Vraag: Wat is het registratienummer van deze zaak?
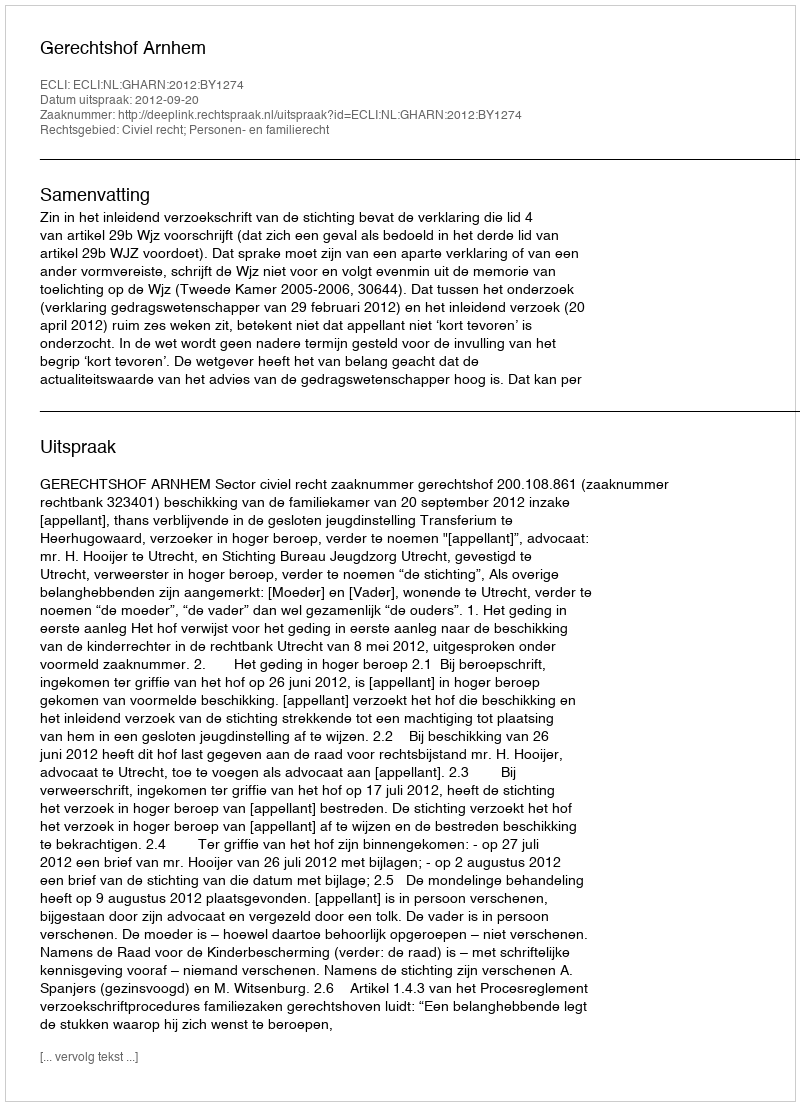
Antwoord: http://deeplink.rechtspraak.nl/uitspraak?id=ECLI:NL:GHARN:2012:BY1274